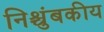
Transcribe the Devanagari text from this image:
निश्चुंबकीय